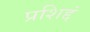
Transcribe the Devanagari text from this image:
प्रशिद्दं